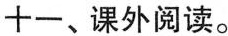
十一、课外阅读。